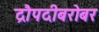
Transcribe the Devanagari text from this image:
द्रौपदीबरोबर